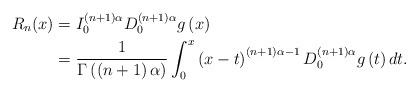
LaTeX: \begin{align*}R_{n}(x)&=I_{0}^{\left ( n+1 \right )\alpha }D_{0}^{\left ( n+1 \right )\alpha }g\left ( x \right ) \\&=\frac{1}{\Gamma \left ( \left ( n+1 \right )\alpha \right )}\int_{0}^{x}\left ( x-t \right )^{\left ( n+1 \right )\alpha -1}D_{0}^{\left ( n+1 \right )\alpha }g\left ( t \right )dt.\end{align*}